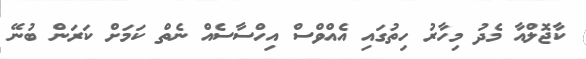
ކާޖޮލްއާ މެދު މިހާރު ހިތުގައި އެއްވްސް އިހްސާސެއް ނެތް ކަމަށް ކަރަން ބުނޭ